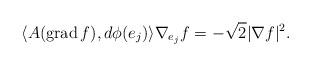
LaTeX: \begin{align*}\langle A(\operatorname{grad}f),d\phi(e_j)\rangle\nabla_{e_j}f=-\sqrt{2}|\nabla f|^2.\end{align*}